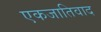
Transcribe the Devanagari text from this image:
एकजातिवाद